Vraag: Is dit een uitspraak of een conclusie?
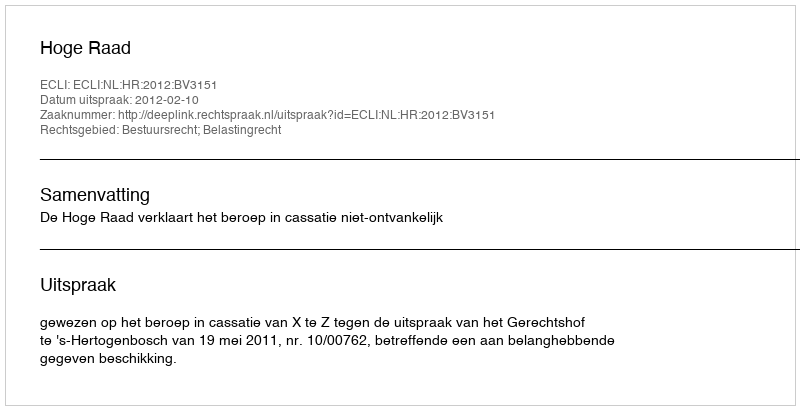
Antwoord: Uitspraak